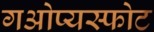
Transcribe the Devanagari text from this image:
गओप्यस्फोट